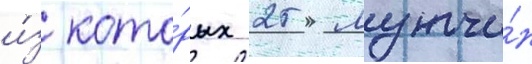
и́з кото́рых 25 мужчи́н